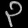
Digit: ၃